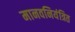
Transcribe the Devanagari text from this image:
मानवनियंत्रित